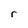
Character: r